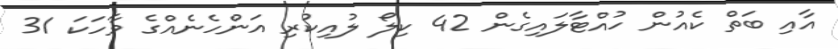
އާއި ބަތް ކެއުން ހުއްޓާލައިގެން 42 ކިލޯ ލުއިކުރި އަންހެނެއްގެ ވާހަކަ 31